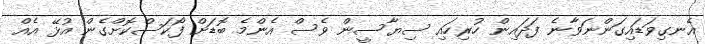
އެނގިވަޑައިގަންނަވާނެ ފަދައިން ހުރިހައި ސިޔާސީން ވެސް އެންމެ ބޮޑަށް ފޯކަސްކޮށްގެން އުޅޭ އެއް